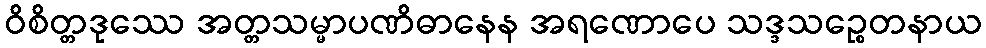
ဝိစိတ္တဒုဿေ အတ္တသမ္မာပဏိဓာနေန အရဏောပေ သဒ္ဒသဉ္စေတနာယ